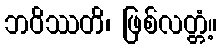
ဘဝိဿတိ၊ ဖြစ်လတ္တံ့။